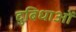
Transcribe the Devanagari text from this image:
दुबिधाओं